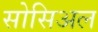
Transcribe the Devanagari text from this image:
सोसिअल